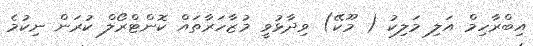
އިބްރާހިމް އަލި މަލިކު ( މޫކޭ) ވިދާޅުވީ މުޒާހަރާތައް ކޮންޓްރޯލް ކުރަން ނިކުމެ